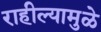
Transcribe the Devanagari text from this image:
राहील्यामुळे